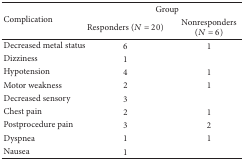
| <ROWSPAN=2> Complication | <COLSPAN=2> Group |
 | Responders (N = 20) | Nonresponders (N = 6) |
 | --- | --- | --- |
 | Decreased metal status | 6 | 1 |
 | Dizziness | 1 |  |
 | Hypotension | 4 | 1 |
 | Motor weakness | 2 | 1 |
 | Decreased sensory | 3 |  |
 | Chest pain | 2 | 1 |
 | Postprocedure pain | 3 | 2 |
 | Dyspnea | 1 | 1 |
 | Nausea | 1 |  |